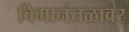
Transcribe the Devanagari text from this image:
विमानंतळावर